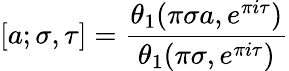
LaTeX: [a;\sigma,\tau]={\frac{\theta_{1}(\pi\sigma a,e^{\pi i\tau})}{\theta_{1}(\pi\sigma,e^{\pi i\tau})}}